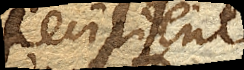
Recipiente